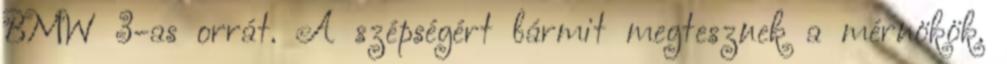
BMW 3-as orrát. A szépségért bármit megtesznek a mérnökök.